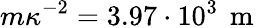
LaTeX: m\kappa^{-2}=3.97\cdot 10^{3}\, \mathrm{~m~}